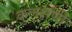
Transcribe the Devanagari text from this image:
कुलक्षणी